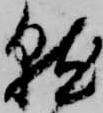
就